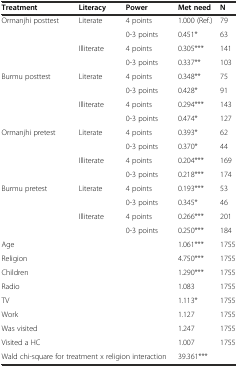
| Treatment | Literacy | Power | Met need | N |
 | --- | --- | --- | --- | --- |
 | Ormanjhi posttest | Literate | 4 points | 1.000 (Ref.) | 79 |
 |  |  | 0-3 points | 0.451* | 63 |
 | <ROWSPAN=2>  | Illiterate | 4 points | 0.305*** | 141 |
 |  | 0-3 points | 0.337** | 103 |
 | Burmu posttest | Literate | 4 points | 0.348** | 75 |
 |  |  | 0-3 points | 0.428* | 91 |
 | <ROWSPAN=2>  | Illiterate | 4 points | 0.294*** | 143 |
 |  | 0-3 points | 0.474* | 127 |
 | <ROWSPAN=2> Ormanjhi pretest | Literate | 4 points | 0.393* | 62 |
 |  | 0-3 points | 0.370* | 44 |
 | <ROWSPAN=2>  | Illiterate | 4 points | 0.204*** | 169 |
 |  | 0-3 points | 0.218*** | 174 |
 | <ROWSPAN=2> Burmu pretest | Literate | 4 points | 0.193*** | 53 |
 |  | 0-3 points | 0.345* | 46 |
 | <ROWSPAN=2>  | Illiterate | 4 points | 0.266*** | 201 |
 |  | 0-3 points | 0.250*** | 184 |
 | Age |  |  | 1.061*** | 1755 |
 | Religion |  |  | 4.750*** | 1755 |
 | Children |  |  | 1.290*** | 1755 |
 | Radio |  |  | 1.083 | 1755 |
 | TV |  |  | 1.113* | 1755 |
 | Work |  |  | 1.127 | 1755 |
 | Was visited |  |  | 1.247 | 1755 |
 | Visited a HC |  |  | 1.007 | 1755 |
 | <COLSPAN=3> Wald chi-square for treatment x religion interaction | 39.361*** |  |